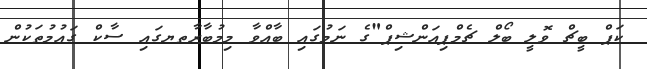
ކަޕް ބީޗް ވޮލީ ބޯލް ޗެމްޕިއަންޝިޕް"ގެ ނަމުގައި ބާއްވާ މިމުބާރާތޔގައި ސާކް ގައުމުތަކުން